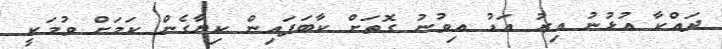
ދައްކާ އުޅުނު އިރު އަޑު އިވުނު ގޮތަށް ކާބަފައިން ކިޔާގެން ކަމަށް ވުމަކީ